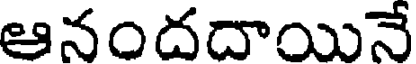
ఆనందదాయినే